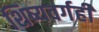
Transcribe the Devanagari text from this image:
शिष्यवर्गही